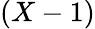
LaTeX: (X-1)